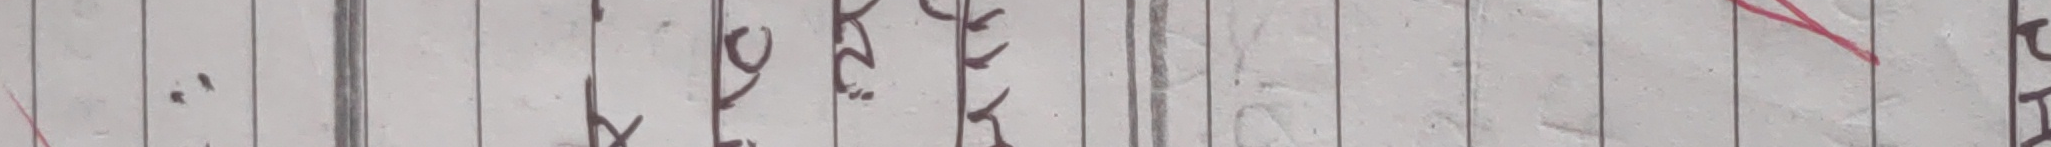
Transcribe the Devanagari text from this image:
१० गतेतिर